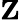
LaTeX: \textbf{Z}